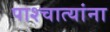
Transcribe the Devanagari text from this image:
पाश्चात्यांना